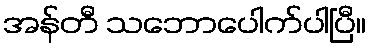
အန်တီ သဘောပေါက်ပါပြီ။